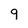
Character: 9